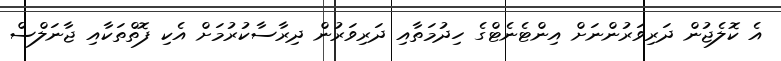
އެ ކޮލެޖުން ދަރިވަރުންނަށް އިންޓެނެޓްގެ ހިދުމަތާއި ދަރިވަރުން ދިރާސާކުރުމަށް އެކި ފޮތްތަކާއި ޖާނަލްސް